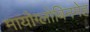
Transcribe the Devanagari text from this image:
मायोग्लोबिनमेह